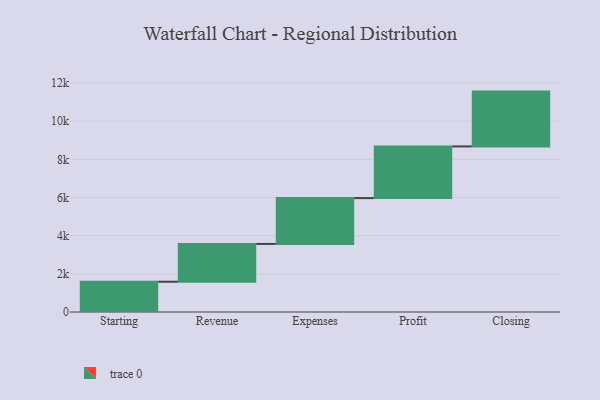
{"axis": {"x": "Step", "y": "Value"}, "legend": [""], "data": [{"x": "Starting", "y": 1586.0, "type": ""}, {"x": "Revenue", "y": 1982.0, "type": ""}, {"x": "Expenses", "y": 2400.0, "type": ""}, {"x": "Profit", "y": 2709.0, "type": ""}, {"x": "Closing", "y": 2872.0, "type": ""}]}